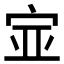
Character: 𫳃